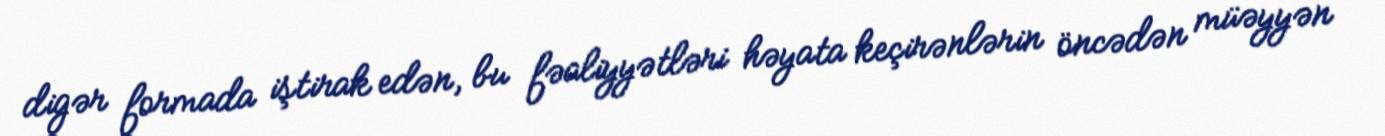
digər formada iştirak edən, bu fəaliyyətləri həyata keçirənlərin öncədən müəyyən